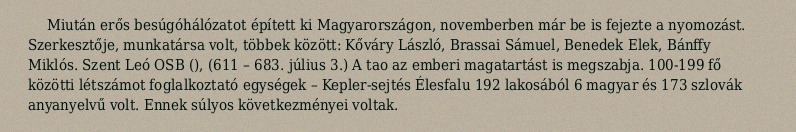
Miután erős besúgóhálózatot épített ki Magyarországon, novemberben már be is fejezte a nyomozást. Szerkesztője, munkatársa volt, többek között: Kőváry László, Brassai Sámuel, Benedek Elek, Bánffy Miklós. Szent Leó OSB (), (611 – 683. július 3.) A tao az emberi magatartást is megszabja. 100-199 fő közötti létszámot foglalkoztató egységek – Kepler-sejtés Élesfalu 192 lakosából 6 magyar és 173 szlovák anyanyelvű volt. Ennek súlyos következményei voltak.